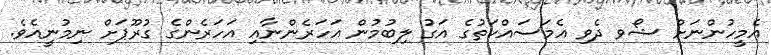
އެމީހުންނަށް ޝޯވ ދެވި އެމަސައްކަތުގެ އަގު ލިބުމުން އަހަރެންނާއި އަހަރެންގެ ގުރޫޕަށް ނިމުނީއެވެ.